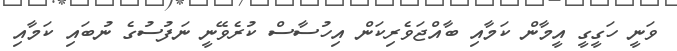
ވަނީ ހަގީގީ އީމާން ކަމާއި ބާއްޖަވެރިކަން އިހުސާސް ކުރެވޭނީ ނަފުސުގެ ނުބައި ކަމާއި